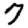
Digit: 7